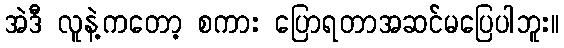
အဲဒီ လူနဲ့ကတော့ စကား ပြောရတာအဆင်မပြေပါဘူး။